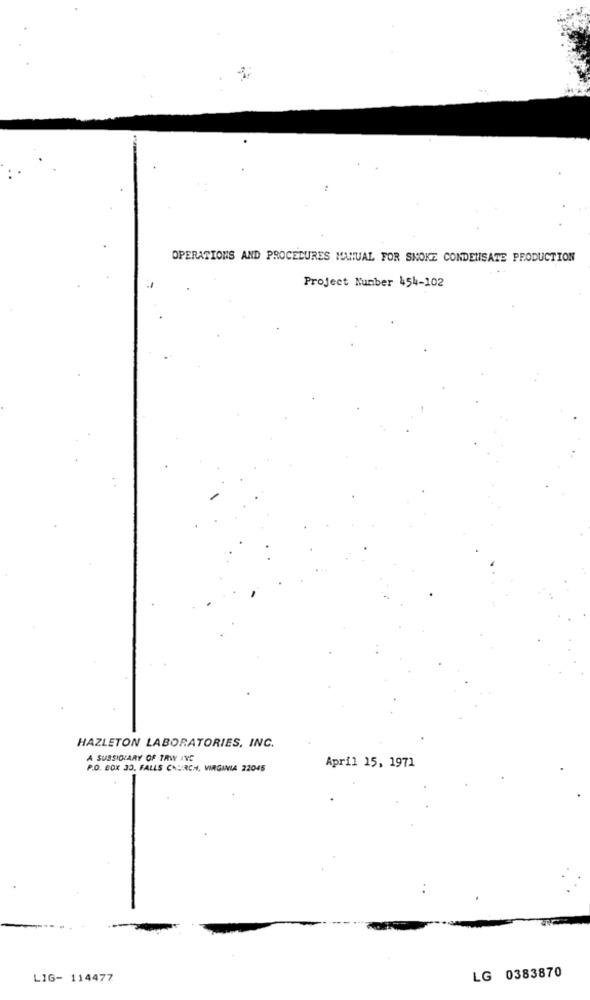
OPERATIONS AND PROCEDURES MANUAL FOR SNOKE CONDENSATE PRODUCTION
Project Number 454-102
HAZLETON LABORATORIES, INC.
A SUBSIDIARY OF TRW INC
P.O. BOX 30. FALLS CHURCH, VIRGINIA 22045
April 15, 1971
LG 0383870
LIG- 114477